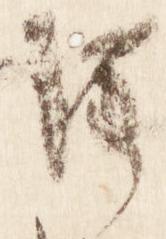
注